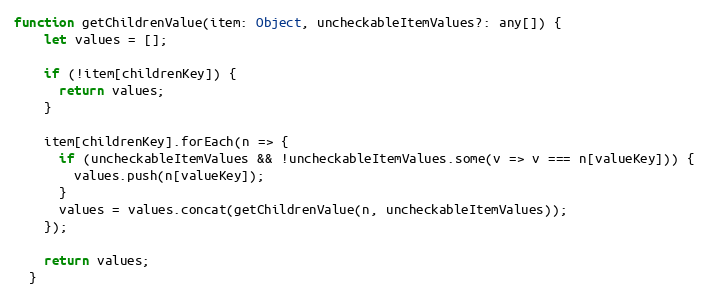
Language: JavaScript
function getChildrenValue(item: Object, uncheckableItemValues?: any[]) {
    let values = [];

    if (!item[childrenKey]) {
      return values;
    }

    item[childrenKey].forEach(n => {
      if (uncheckableItemValues && !uncheckableItemValues.some(v => v === n[valueKey])) {
        values.push(n[valueKey]);
      }
      values = values.concat(getChildrenValue(n, uncheckableItemValues));
    });

    return values;
  }